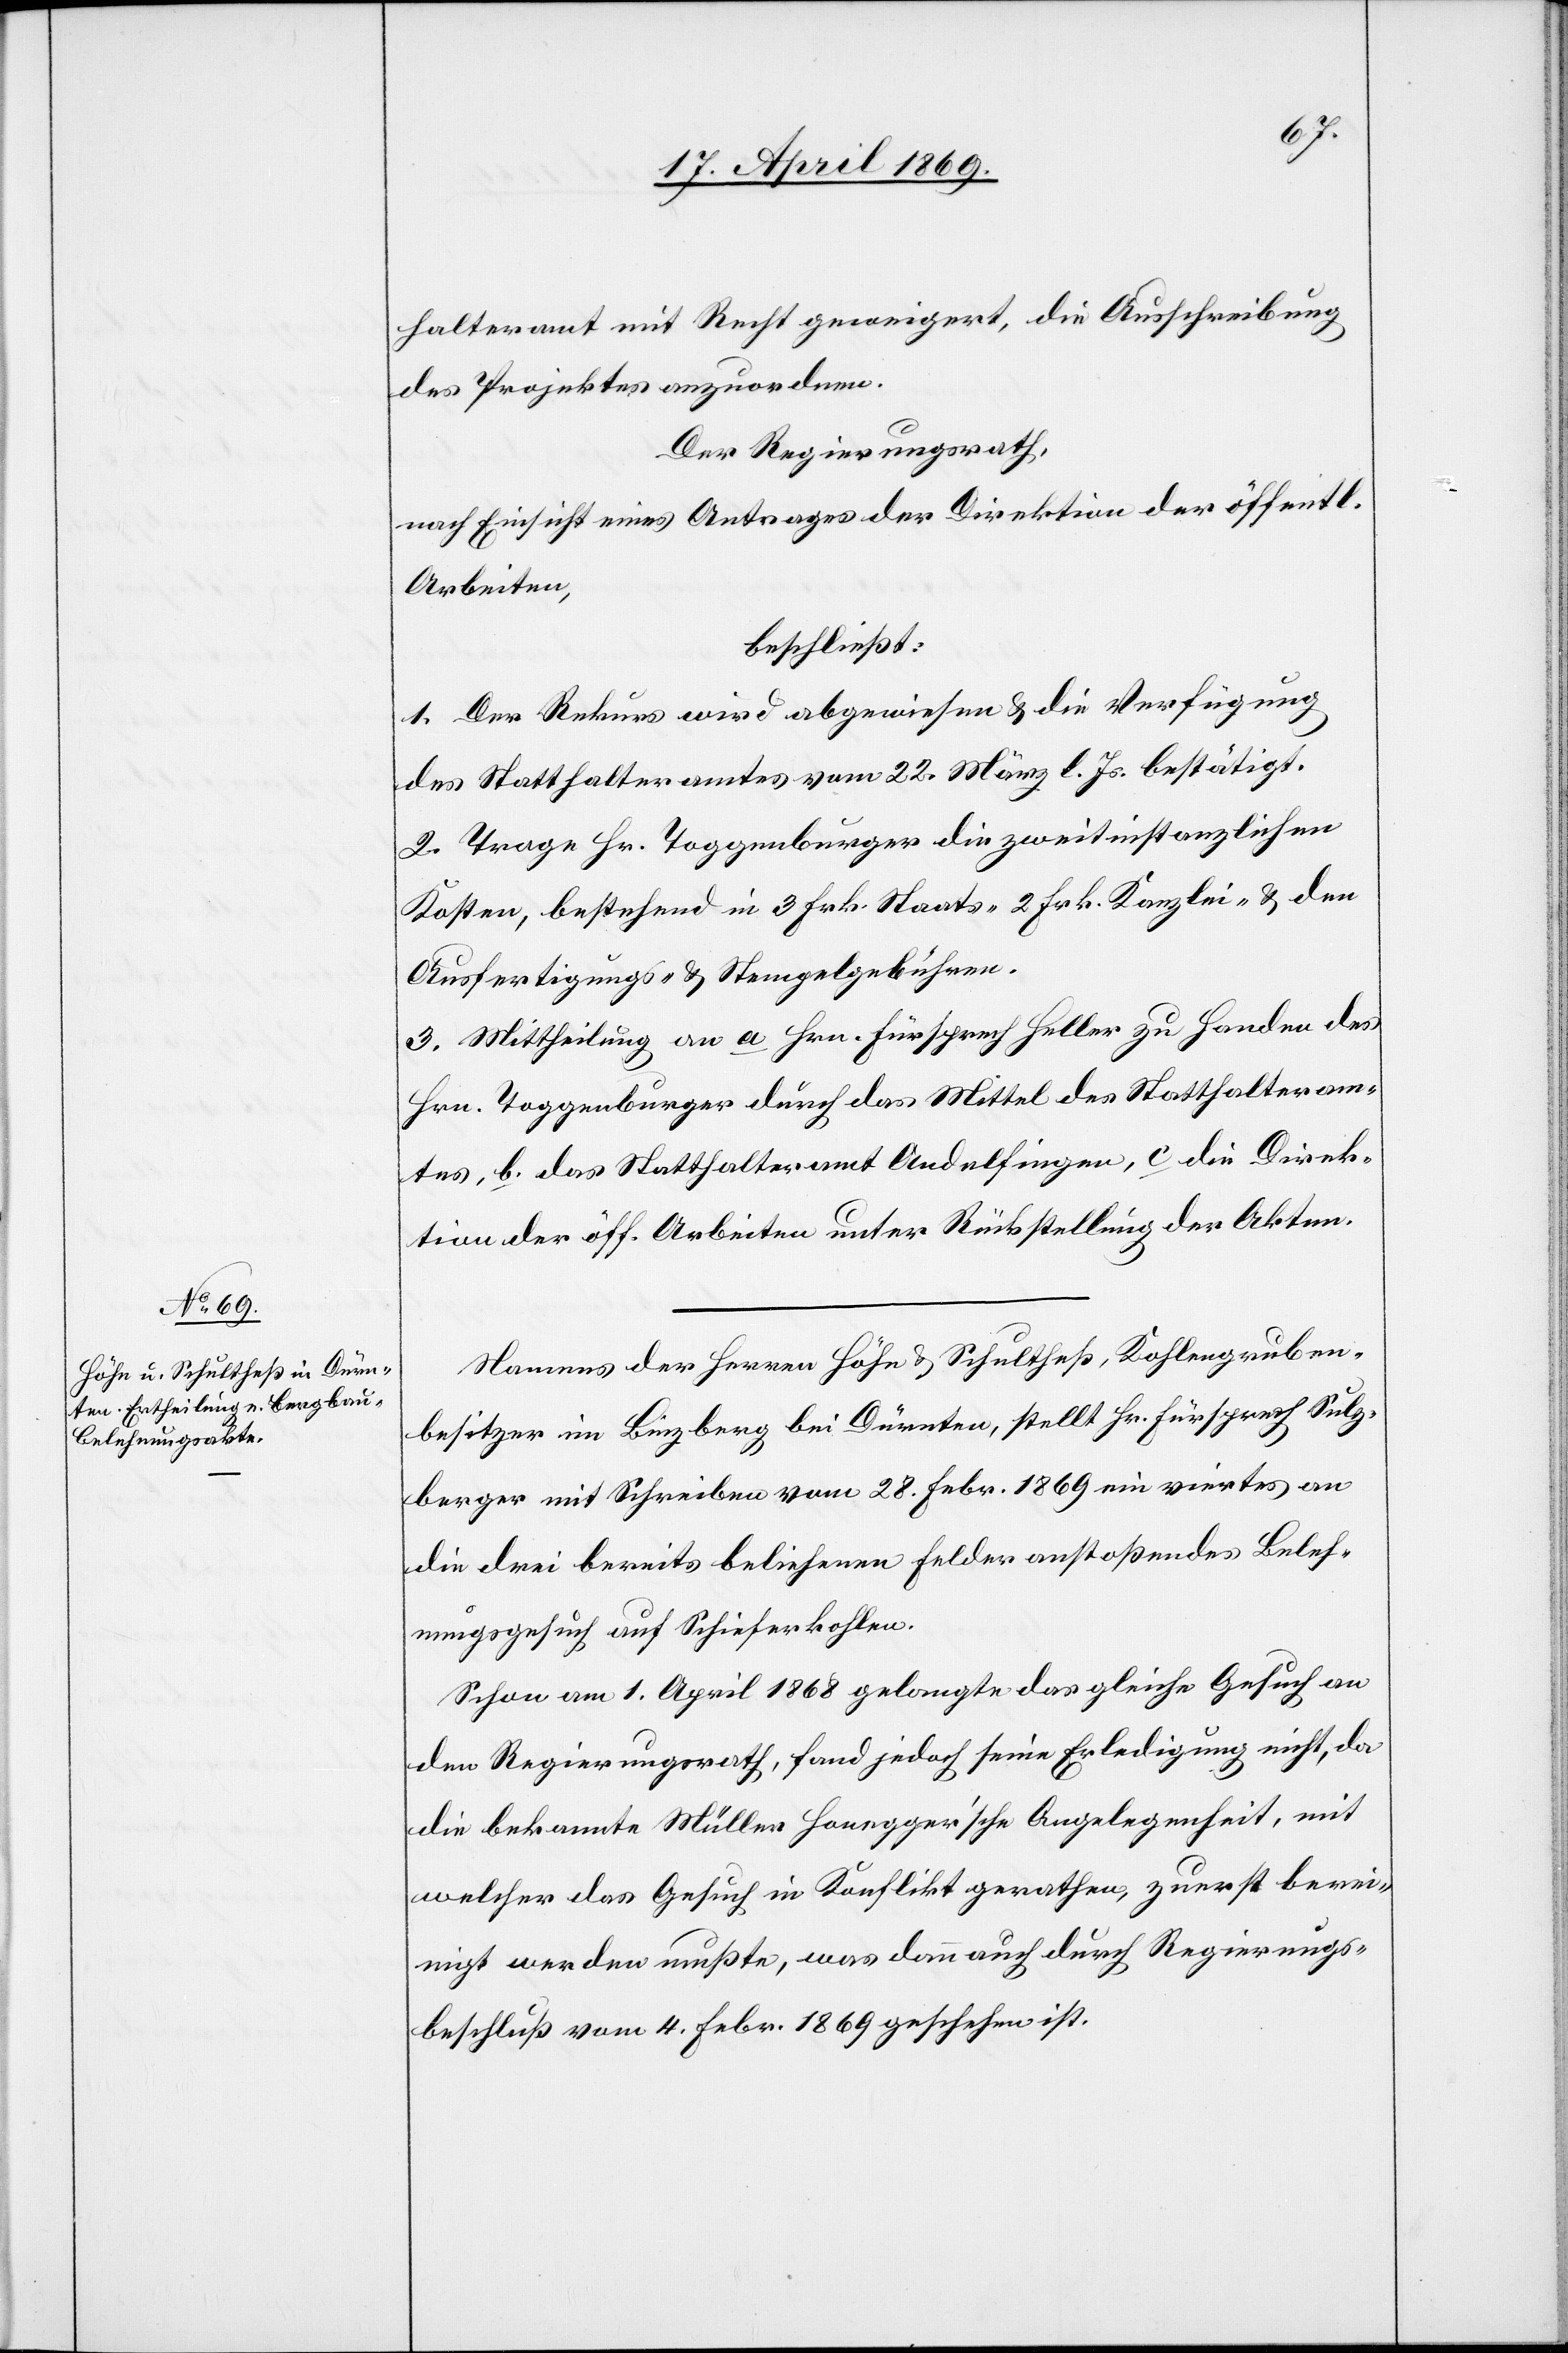
halteramt mit Recht geweigert, die Ausschreibung
des Projektes anzuordnen.
Der Regierungsrath,
nach Einsicht eines Antrages der Direktion der öff.
Arbeiten,
beschließt:
1. Der Rekurs wird abgewiesen u. die Verfügung
des Statthalteramtes vom 22. März l. Js. bestätigt.
2. Trage Hr. Toggenburger die zweitinstanzlichen
Kosten, bestehend in 3 Frk. Staats-[,] 2 Frk. Kanzlei- u. den
Ausfertigungs- u. Stempelgebühren.
3. Mittheilung an a. Hrn. Fürsprech Heller zu Handen des
Hrn. Toggenburger durch das Mittel des Statthalteram¬
tes, b. das Statthalteramt Andelfingen, c. die Direk¬
tion der öff. Arbeiten unter Rückstellung der Akten.
Namens der Herren Höhn u. Schultheß, Kohlengruben¬
besitzer im Binzberg bei Dürnten, stellt Hr. Fürsprech Sulz¬
berger mit Schreiben vom 28. Febr. 1869 ein viertes an
die drei bereits beliehenen Felder anstoßendes Beleh¬
nungsgesuch auf Schieferkohlen.
Schon am 1. April 1868 gelangte das gleiche Gesuch an
den Regierungsrath, fand jedoch seine Erledigung nicht, da
die bekannte Müller Honegger’sche Angelegenheit, mit
welcher das Gesuch in Konflikt gerathen, zuerst berei¬
nigt werden mußte, was dann auch durch Regierungs¬
beschluß vom 4. Febr. 1869 geschehen ist.